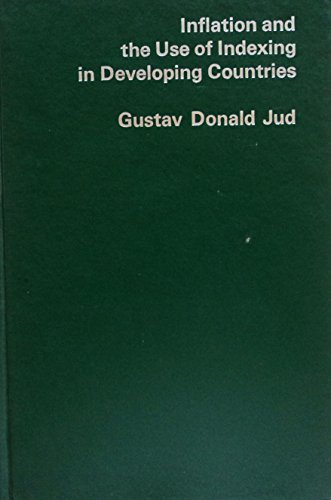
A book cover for Inflation and the Use of Indexing in Developing Countries; Gustav Donald Jud; Business & Money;